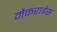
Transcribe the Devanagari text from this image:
मैकराईस